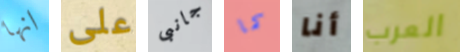
انها على جانبى كما أنا العرب